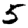
Digit: 5